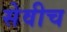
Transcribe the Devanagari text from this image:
सेवीच